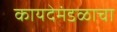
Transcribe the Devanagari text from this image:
कायदेमंडळाचा